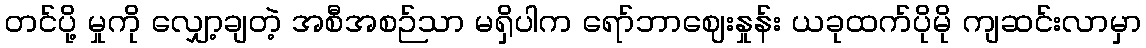
တင်ပို့ မှုကို လျှော့ချတဲ့ အစီအစဉ်သာ မရှိပါက ရော်ဘာဈေးနှုန်း ယခုထက်ပိုမို ကျဆင်းလာမှာ